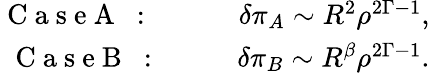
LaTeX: \begin{array}{rlr}{\mathrm{~C~a~s~e~A~}\mathrm{~:~\ \ \ }}&{{}}&{\delta\pi_{A}\sim R^{2}\rho^{2\Gamma-1},}\\ {\mathrm{~C~a~s~e~B~}\mathrm{~:~\ \ }}&{{}}&{\delta\pi_{B}\sim R^{\beta}\rho^{2\Gamma-1}.}\end{array}